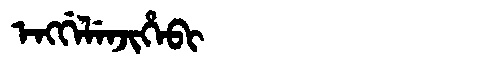
Manchu: ᡝᠩᡤᡝᠯᡝᠨᠵᡳᡥᡝᠪᡳ
Romanization: ENGGELENJIHEBI